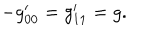
- g _ { 0 0 } ^ { \prime } = g _ { 1 1 } ^ { \prime } = g .